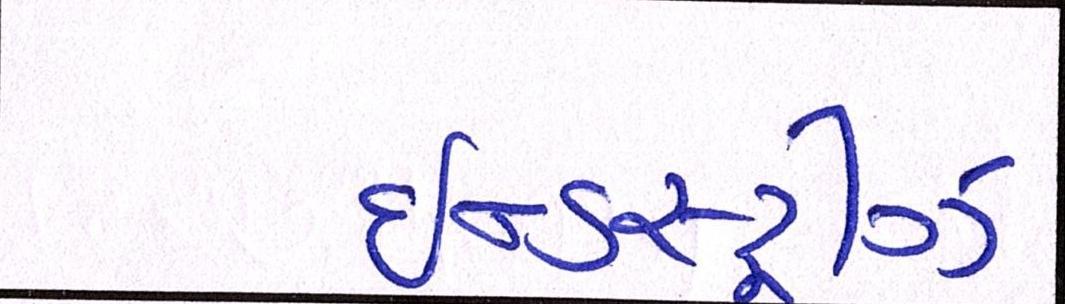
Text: ઈન્ડસ્ટ્રીઝ